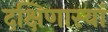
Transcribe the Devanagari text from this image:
दक्षिणास्यां